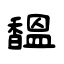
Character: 馧